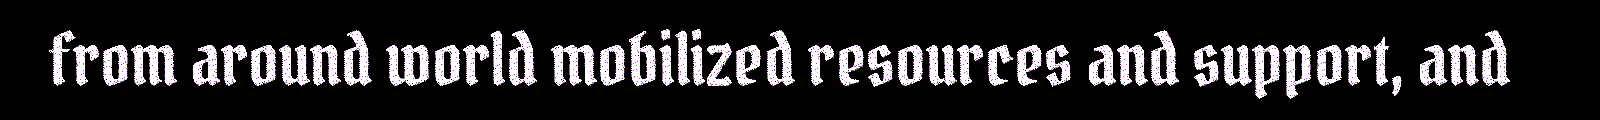
from around world mobilized resources and support, and